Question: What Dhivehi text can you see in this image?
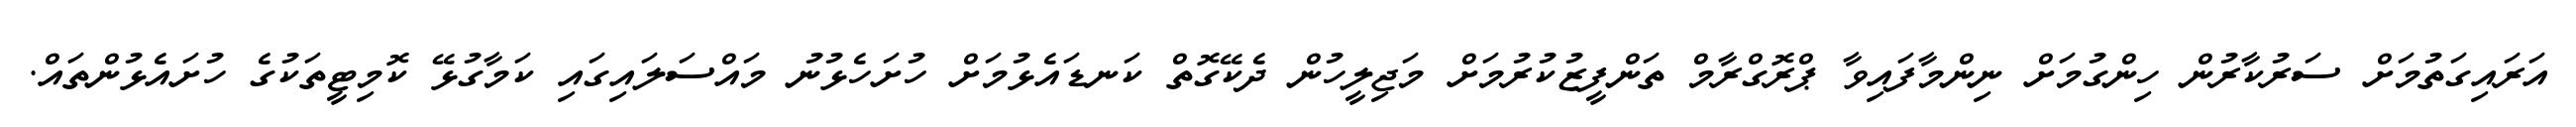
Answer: އަރައިގަތުމަށް ސަރުކާރުން ހިންގުމަށް ނިންމާފައިވާ ޕްރޮގްރާމް ތަންފީޒުކުރުމަށް މަޖިލީހުން ދެކޭގޮތް ކަނޑައެޅުމަށް ހުށަހެޅުނު މައްސަލައިގައި ކަމާގުޅޭ ކޮމިޓީތަކުގެ ހުށައެޅުންތައް.